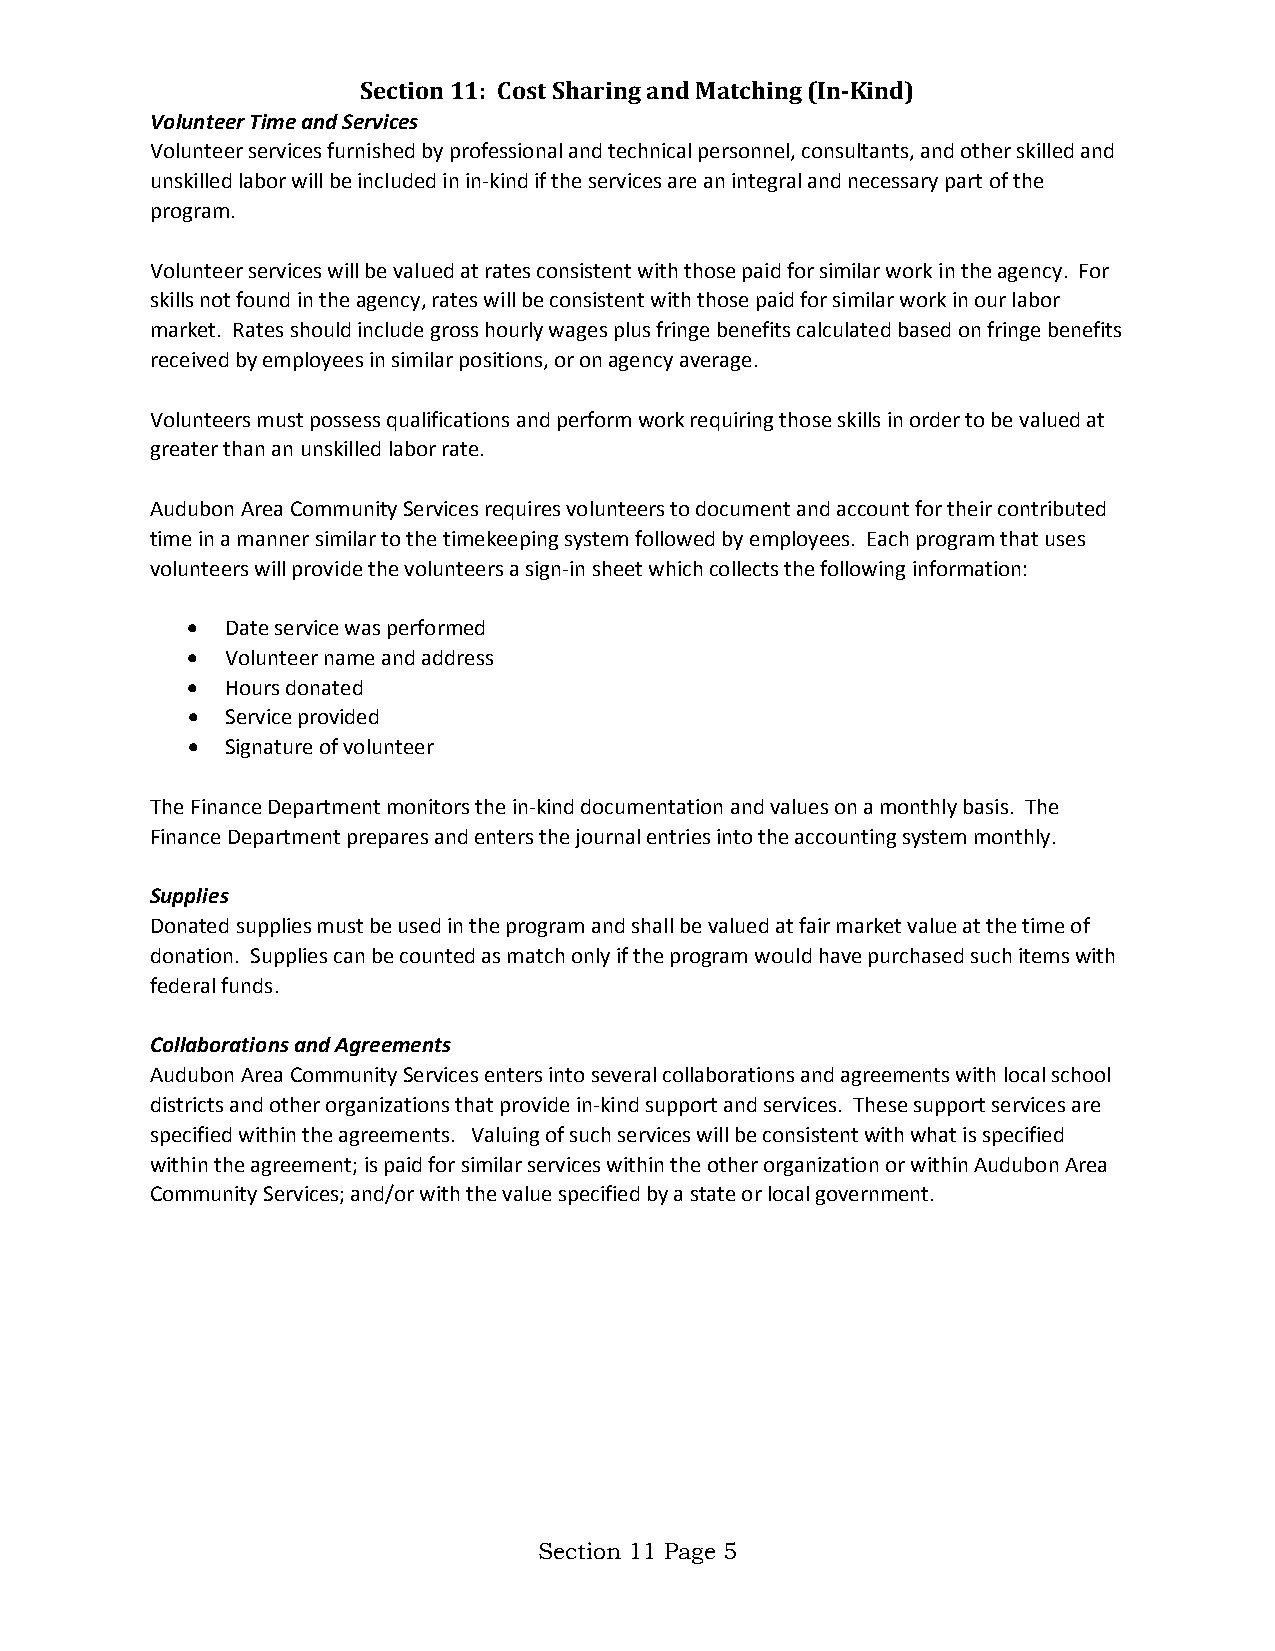
Section 11: Cost Sharing and Matching (In-Kind)
 Volunteer Time and Services
 Volunteer services furnished by professional and technical personnel, consultants, and other skilled and
 unskilled labor will be included in in-kind if the services are an integral and necessary part of the
 program.
 Volunteer services will be valued at rates consistent with those paid for similar work in the agency. For
 skills not found in the agency, rates will be consistent with those paid for similar work in our labor
 market. Rates should include gross hourly wages plus fringe benefits calculated based on fringe benefits
 received by employees in similar positions, or on agency average.
 Volunteers must possess qualifications and perform work requiring those skills in order to be valued at
 greater than an unskilled labor rate.
 Audubon Area Community Services requires volunteers to document and account for their contributed
 time in a manner similar to the timekeeping system followed by employees. Each program that uses
 volunteers will provide the volunteers a sign-in sheet which collects the following information:
 •  Date service was performed
 •  Volunteer name and address
 •  Hours donated
 •  Service provided
 •  Signature of volunteer
 The Finance Department monitors the in-kind documentation and values on a monthly basis. The
 Finance Department prepares and enters the journal entries into the accounting system monthly.
 Supplies
 Donated supplies must be used in the program and shall be valued at fair market value at the time of
 donation. Supplies can be counted as match only if the program would have purchased such items with
 federal funds.
 Collaborations and Agreements
 Audubon Area Community Services enters into several collaborations and agreements with local school
 districts and other organizations that provide in-kind support and services. These support services are
 specified within the agreements. Valuing of such services will be consistent with what is specified
 within the agreement; is paid for similar services within the other organization or within Audubon Area
 Community Services; and/or with the value specified by a state or local government.
 Section 11 Page 5